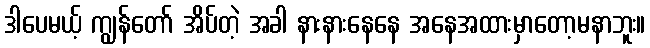
ဒါပေမယ့် ကျွန်တော် အိပ်တဲ့ အခါ နားနားနေနေ အနေအထားမှာတော့မနာဘူး။